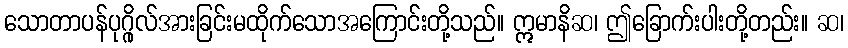
သောတာပန်ပုဂ္ဂိုလ်အားခြင်းမထိုက်သောအကြောင်းတို့သည်။ ဣမာနိဆ၊ ဤခြောက်းပါးတို့တည်း။ ဆ၊